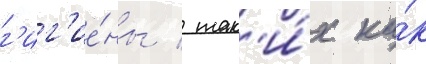
г'иг'ие́ны / так'и́х ка́к